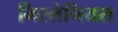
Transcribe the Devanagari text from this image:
मिस्लेनियस